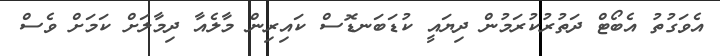
އެވަގުތު އެބޯޓް ދަތުރުކުރަމުން ދިޔައީ ކުޑަބަނޑޮސް ކައިރިން މާލެއާ ދިމާލަށް ކަމަށް ވެސް